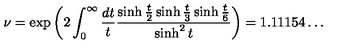
\nu = \exp \left( 2 \int _ { 0 } ^ { \infty } \frac { d t } { t } \frac { \sinh \frac { t } { 2 } \sinh \frac { t } { 3 } \sinh \frac { t } { 6 } } { \sinh ^ { 2 } t } \right) = 1 . 1 1 1 5 4 \ldots